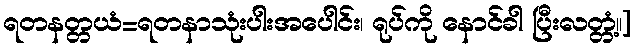
ရတနတ္တယံ=ရတနာသုံးပါးအပေါင်း၊ ရုပ်ကို နောင်ခါ ပြီးလတ္တံ့။]